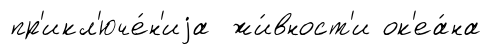
пр'икл'юче́н'иjа жи́вност'и ок'еа́на